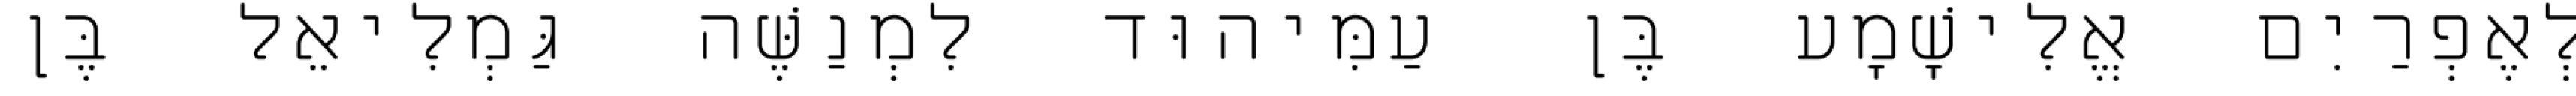
לְאֶפְרַיִם אֱלִישָׁמָע בֶּן עַמִּיהוּד לִמְנַשֶּׁה גַּמְלִיאֵל בֶּן